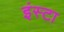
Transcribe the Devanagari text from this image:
इंस्टा